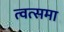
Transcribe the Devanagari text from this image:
त्वत्समा